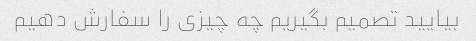
بیایید تصمیم بگیریم چه چیزی را سفارش دهیم